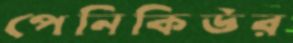
পেনিকিউর